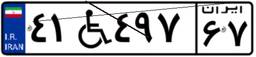
۳۶W۹۳۲۷۴